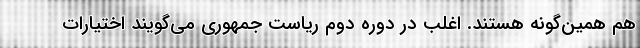
هم همین‌گونه هستند. اغلب در دوره دوم ریاست جمهوری می‌گویند اختیارات